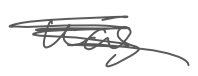
Text: was
Cross-out: scratch
Writing tool: digital_gray